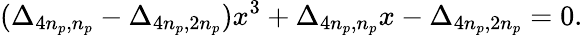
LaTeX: (\Delta_{4n_{p},n_{p}}-\Delta_{4n_{p},2n_{p}})x^{3}+\Delta_{4n_{p},n_{p}}x-\Delta_{4n_{p},2n_{p}}=0.